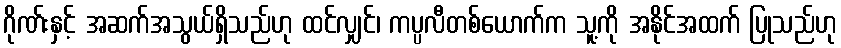
ဂိုဏ်းနှင့် အဆက်အသွယ်ရှိသည်ဟု ထင်လျှင်၊ ကပ္ပလီတစ်ယောက်က သူ့ကို အနိုင်အထက် ပြုသည်ဟု